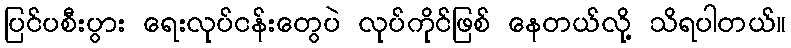
ပြင်ပစီးပွား ရေးလုပ်ငန်းတွေပဲ လုပ်ကိုင်ဖြစ် နေတယ်လို့ သိရပါတယ်။